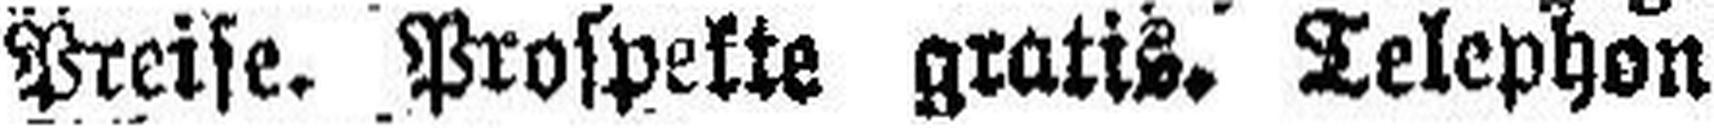
Preise. Prospekte gratis. Telephon